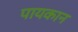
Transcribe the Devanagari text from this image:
पायकान